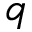
q